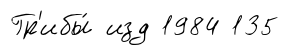
Гр'ибы́ изд 1984 135